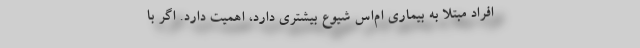
افراد مبتلا به بیماری ام‌اس شیوع بیشتری دارد، اهمیت دارد. اگر با